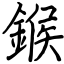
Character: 鍭